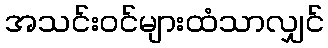
အသင်းဝင်များထံသာလျှင်